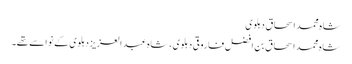
شاہ محمد اسحاق دہلوی
شاہ محمد اسحاق بن افضل فاروقی دہلوی ، شاہ عبد العزیز دہلوی کے نواسے تھے۔